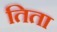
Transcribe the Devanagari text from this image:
तिता